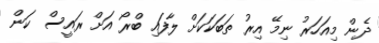
ދެން މިއަހަރު ނިމޭ އިރު ތަބަކަކަށް ލާފައި ބްރޯ އަށް ރައީސް ކަން